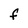
Character: F